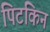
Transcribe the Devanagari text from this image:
पिटकिन